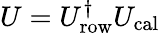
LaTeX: U=U_{\mathrm{row}}^{\dagger}U_{\mathrm{cal}}